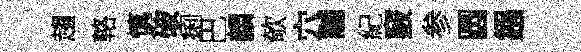
趨輅慎破痢巴顔欹穴黼紀竅参圆鏹